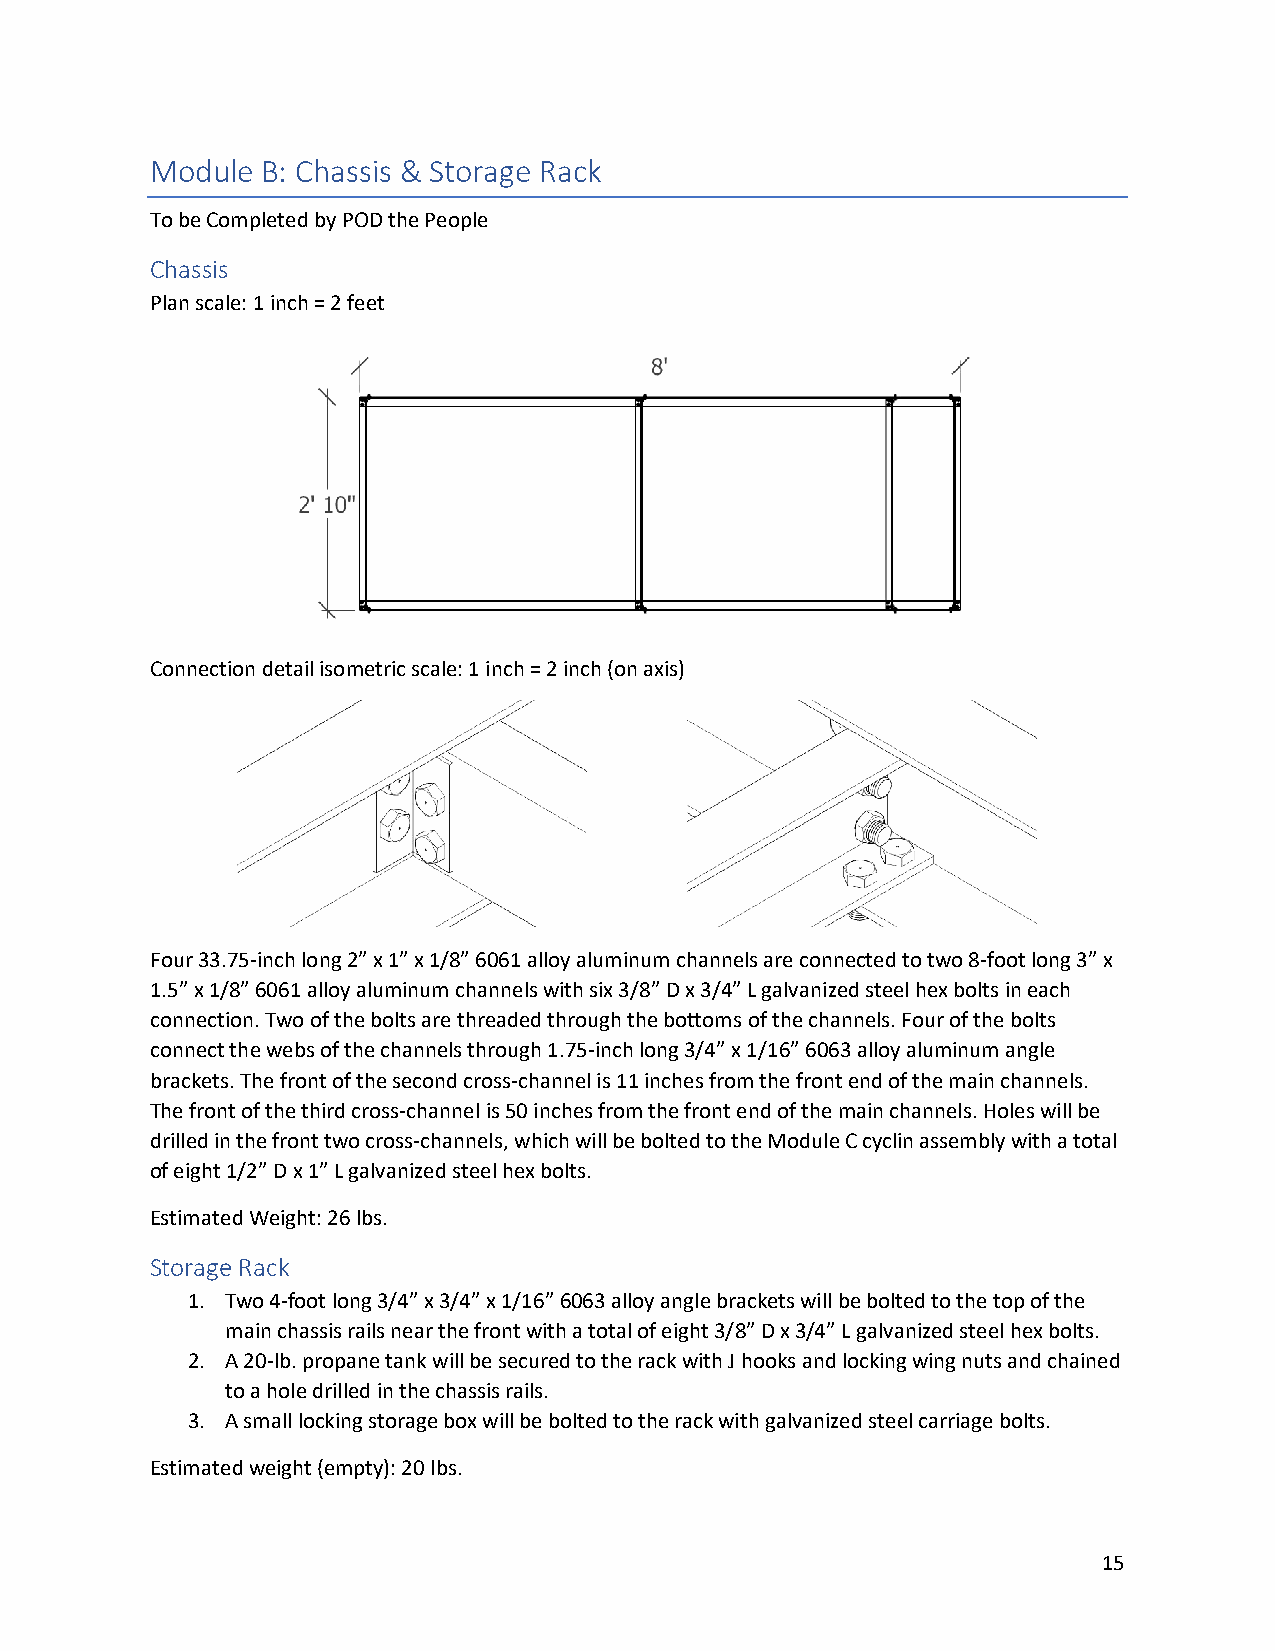
Module B: Chassis & Storage Rack
 To be Completed by POD the People
 Chassis
 Plan scale: 1 inch = 2 feet
 Connection detail isometric scale: 1 inch = 2 inch (on axis)
 Four 33.75-inch long 2” x 1” x 1/8” 6061 alloy aluminum channels are connected to two 8-foot long 3” x
 1.5” x 1/8” 6061 alloy aluminum channels with six 3/8” D x 3/4” L galvanized steel hex bolts in each
 connection. Two of the bolts are threaded through the bottoms of the channels. Four of the bolts
 connect the webs of the channels through 1.75-inch long 3/4” x 1/16” 6063 alloy aluminum angle
 brackets. The front of the second cross-channel is 11 inches from the front end of the main channels.
 The front of the third cross-channel is 50 inches from the front end of the main channels. Holes will be
 drilled in the front two cross-channels, which will be bolted to the Module C cyclin assembly with a total
 of eight 1/2” D x 1” L galvanized steel hex bolts.
 Estimated Weight: 26 lbs.
 Storage Rack
 1. Two 4-foot long 3/4” x 3/4” x 1/16” 6063 alloy angle brackets will be bolted to the top of the
 main chassis rails near the front with a total of eight 3/8” D x 3/4” L galvanized steel hex bolts.
 2. A 20-lb. propane tank will be secured to the rack with J hooks and locking wing nuts and chained
 to a hole drilled in the chassis rails.
 3. A small locking storage box will be bolted to the rack with galvanized steel carriage bolts.
 Estimated weight (empty): 20 lbs.
 15